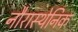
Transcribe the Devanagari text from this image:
नौरास्थेनिक